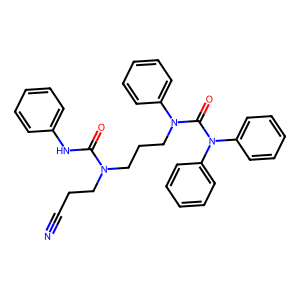
SMILES: N#CCCN(CCCN(C(=O)N(c1ccccc1)c1ccccc1)c1ccccc1)C(=O)Nc1ccccc1
Inhibits HIV replication: No